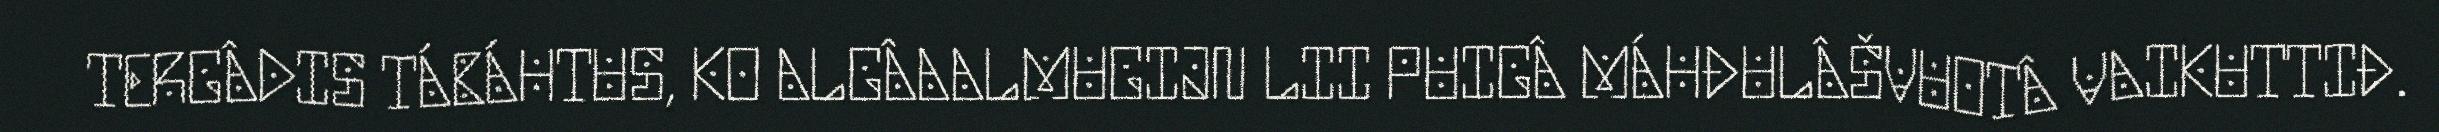
TERGÂDIS TÁBÁHTUS, KO ALGÂAALMUGIJN LII PUIGÂ MÁHĐULÂŠVUOTÂ VAIKUTTIĐ.